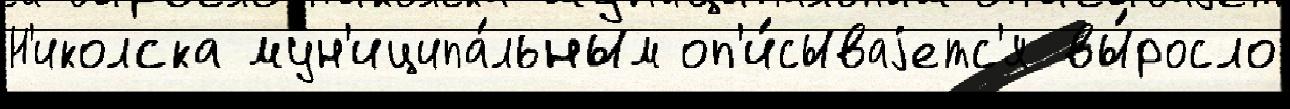
Н'иколска мун'иципа́льным оп'и́сываjетс'я вы́росло